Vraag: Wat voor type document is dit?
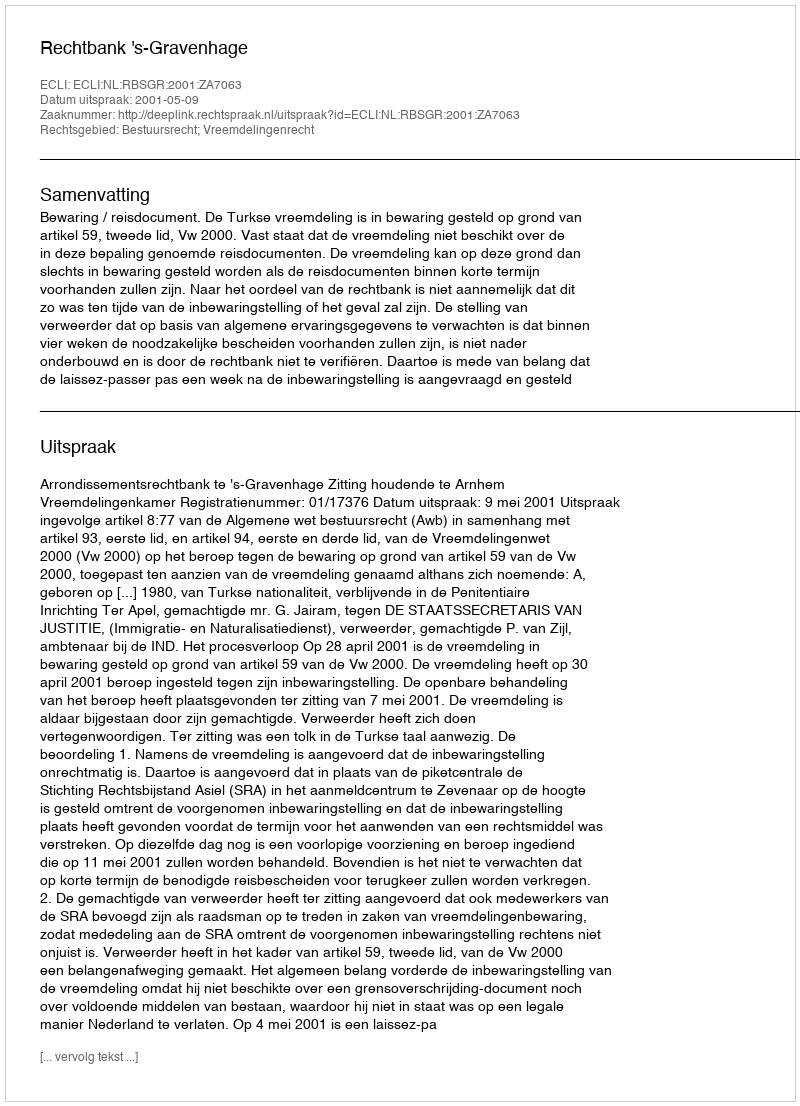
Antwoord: Uitspraak